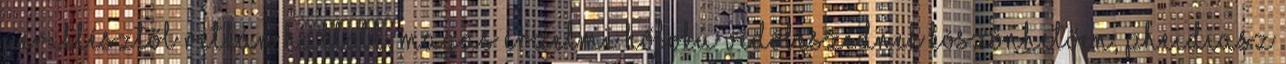
Periklésztől ritkán hallott, magas érzelmi hőfokú védőbeszédnek köszönhetően, Pheidiasz